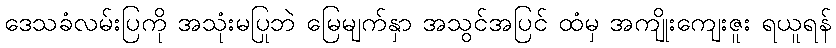
ဒေသခံလမ်းပြကို အသုံးမပြုဘဲ မြေမျက်နှာ အသွင်အပြင် ထံမှ အကျိုးကျေးဇူး ရယူရန်